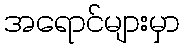
အရောင်များမှာ